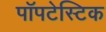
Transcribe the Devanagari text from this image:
पॉपटेस्टिक